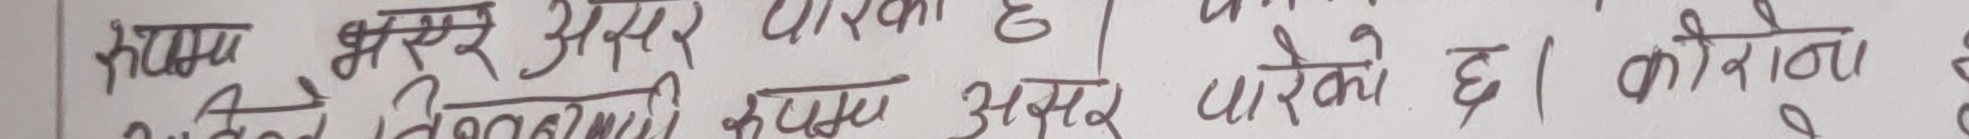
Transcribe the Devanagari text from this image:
स्वयम् भरपर असर पारेंको छ। कोरो
जसले निरन्तर खराब असर पारेंको छ। कोरोन